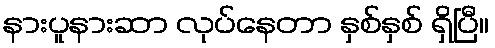
နားပူနားဆာ လုပ်နေတာ နှစ်နှစ် ရှိပြီ။